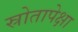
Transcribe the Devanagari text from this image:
स्रोतापेक्षा